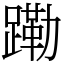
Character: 𬧊